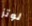
لوتز